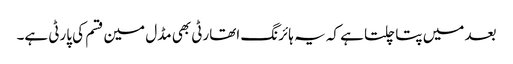
بعد میں پتا چلتا ہے کہ یہ ہائرنگ اتھارٹی بھی مڈل مین قسم کی پارٹی ہے۔